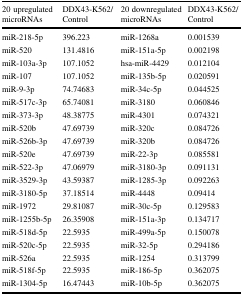
| 20 upregulated microRNAs | DDX43-K562/Control | 20 downregulated microRNAs | DDX43-K562/Control |
 | --- | --- | --- | --- |
 | miR-218-5p | 396.223 | miR-1268a | 0.001539 |
 | miR-520 | 131.4816 | miR-151a-5p | 0.002198 |
 | miR-103a-3p | 107.1052 | hsa-miR-4429 | 0.012104 |
 | miR-107 | 107.1052 | miR-135b-5p | 0.020591 |
 | miR-9-3p | 74.74683 | miR-34c-5p | 0.044525 |
 | miR-517c-3p | 65.74081 | miR-3180 | 0.060846 |
 | miR-373-3p | 48.38775 | miR-4301 | 0.074321 |
 | miR-520b | 47.69739 | miR-320c | 0.084726 |
 | miR-526b-3p | 47.69739 | miR-320b | 0.084726 |
 | miR-520e | 47.69739 | miR-22-3p | 0.085581 |
 | miR-522-3p | 47.06979 | miR-3180-3p | 0.091131 |
 | miR-3529-3p | 43.59387 | miR-1285-3p | 0.092263 |
 | miR-3180-5p | 37.18514 | miR-4448 | 0.09414 |
 | miR-1972 | 29.81087 | miR-30c-5p | 0.129583 |
 | miR-1255b-5p | 26.35908 | miR-151a-3p | 0.134717 |
 | miR-518d-5p | 22.5935 | miR-499a-5p | 0.150078 |
 | miR-520c-5p | 22.5935 | miR-32-5p | 0.294186 |
 | miR-526a | 22.5935 | miR-1254 | 0.313799 |
 | miR-518f-5p | 22.5935 | miR-186-5p | 0.362075 |
 | miR-1304-5p | 16.47443 | miR-10b-5p | 0.362075 |